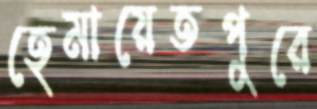
হেমায়েতপুরে